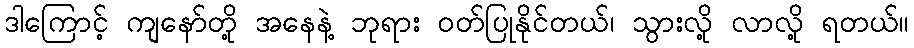
ဒါကြောင့် ကျနော်တို့ အနေနဲ့ ဘုရား ဝတ်ပြုနိုင်တယ်၊ သွားလို့ လာလို့ ရတယ်။